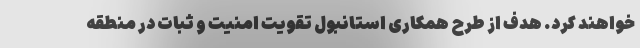
خواهند کرد. هدف از طرح همکاری استانبول تقویت امنیت و ثبات در منطقه